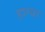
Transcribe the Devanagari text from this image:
हाग्या